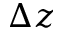
\Delta z